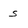
Character: s